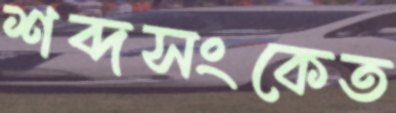
শব্দসংকেত